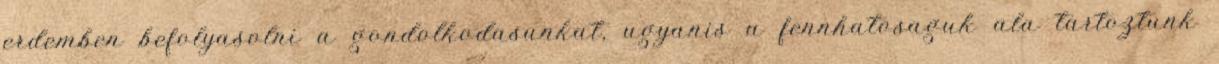
erdemben befolyasolni a gondolkodasunkat, ugyanis a fennhatosaguk ala tartoztunk